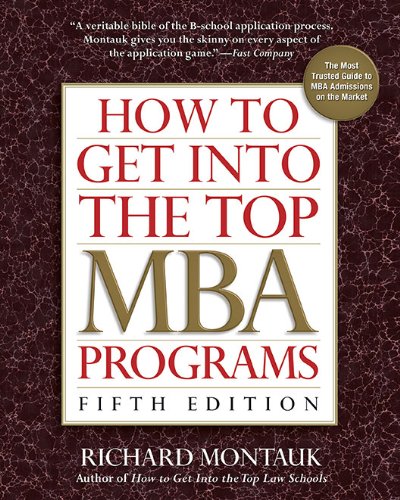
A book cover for How to Get Into the Top MBA Programs, 5th Edition; Richard Montauk J.D.; Education & Teaching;